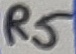
Text: R6